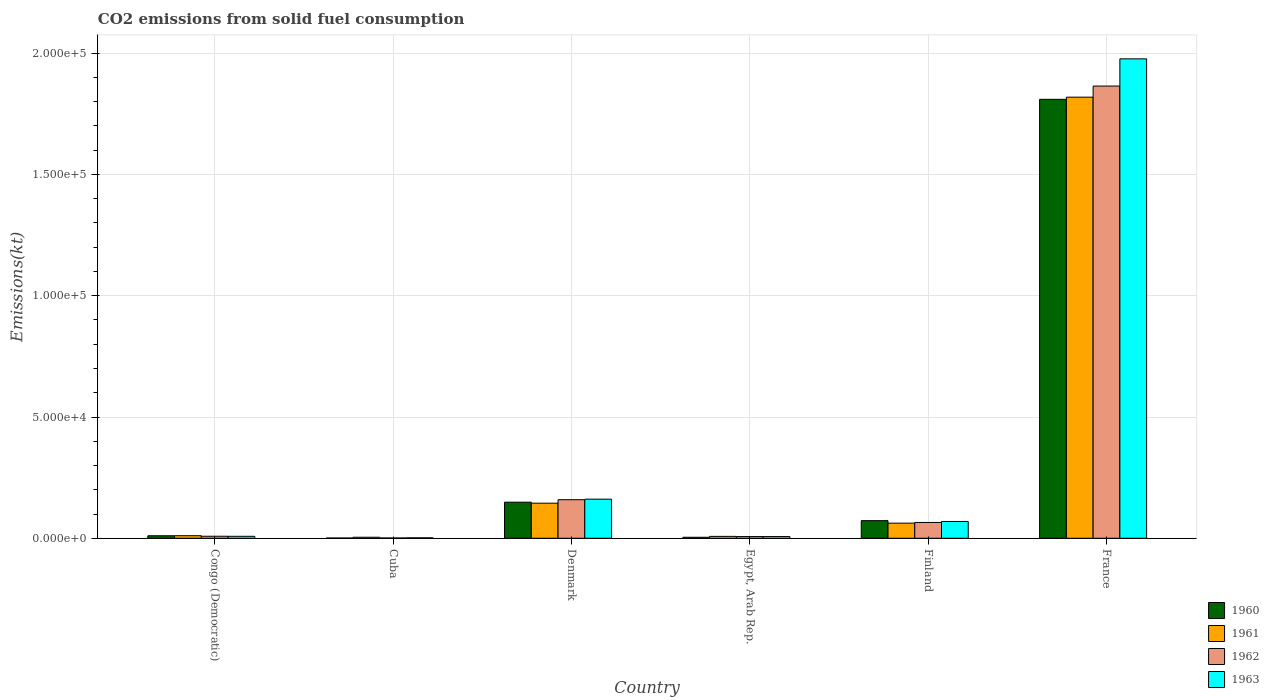
| Country | 1960 | 1961 | 1962 | 1963 |
 | --- | --- | --- | --- | --- |
 | Congo (Democratic) | 1.04e+03 | 1.06e+03 | 840 | 818 |
 | Cuba | 114 | 425 | 125 | 187 |
 | Denmark | 1.49e+04 | 1.45e+04 | 1.59e+04 | 1.61e+04 |
 | Egypt, Arab Rep. | 414 | 781 | 708 | 708 |
 | Finland | 7.27e+03 | 6.24e+03 | 6.52e+03 | 6.93e+03 |
 | France | 1.81e+05 | 1.82e+05 | 1.86e+05 | 1.98e+05 |